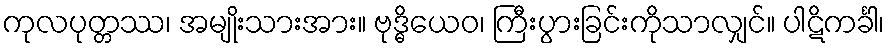
ကုလပုတ္တဿ၊ အမျိုးသားအား။ ဗုဒ္ဓိယေဝ၊ ကြီးပွားခြင်းကိုသာလျှင်။ ပါဋိကင်္ခါ၊